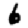
Digit: 6